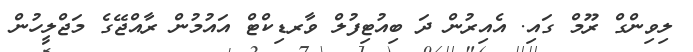
ލިވިންގް ރޫމް ގައި. އެއިރުން ދަ ބިއުޓިފުލް ވާރޑިކްޓް އައުމުން ރާއްޖޭގެ މަޖްލީހުން